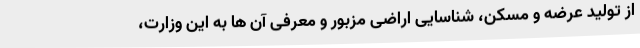
از تولید عرضه و مسکن، شناسایی اراضی مزبور و معرفی آن ها به این وزارت،